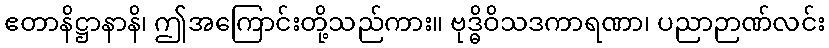
ဧတာနိဋ္ဌာနာနိ၊ ဤအကြောင်းတို့သည်ကား။ ဗုဒ္ဓိဝိသဒကာရဏာ၊ ပညာဉာဏ်လင်း